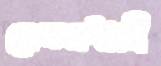
কেতনধারী